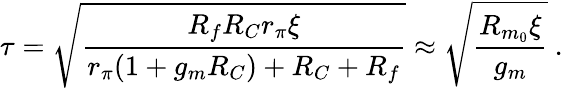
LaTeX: \tau=\sqrt{\frac{R_{f}R_{C}r_{\pi}\xi}{r_{\pi}(1+g_{m}R_{C})+R_{C}+R_{f}}}\approx\sqrt{\frac{R_{m_{0}}\xi}{g_{m}}}~.